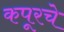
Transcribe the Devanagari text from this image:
कपूरचे